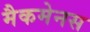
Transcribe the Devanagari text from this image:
मैकमेनस